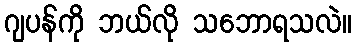
ဂျပန်ကို ဘယ်လို သဘောရသလဲ။